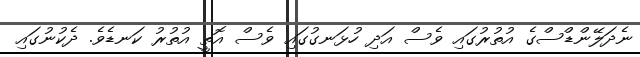
ނެދަލޭންޑްސްގެ އުތުރުގައި ވެސް އަދި ހުޅަނގުގައި ވެސް އޮތީ އުތުރު ކަނޑެވެ. ދެކުނުގައި